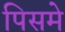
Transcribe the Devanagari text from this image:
पिसमे